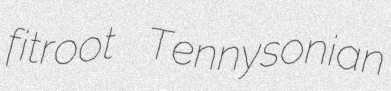
fitroot Tennysonian